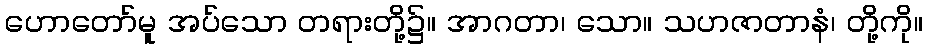
ဟောတော်မူ အပ်သော တရားတို့၌။ အာဂတာ၊ သော။ သဟဇာတာနံ၊ တို့ကို။